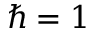
\hbar = 1